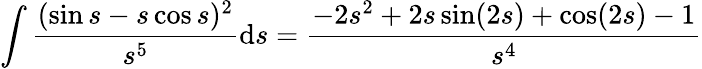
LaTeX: \int\frac{(\sin s-s\cos s)^{2}}{s^{5}}\mathrm{d}s=\frac{-2s^{2}+2s\sin(2s)+\cos(2s)-1}{s^{4}}